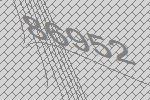
86952